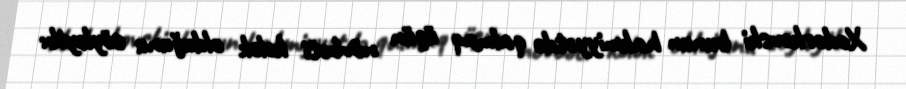
Xodorkovski bunun hakmiyyətdə qalmaq üçün növbəti kələk olduğunu söyləyib: